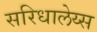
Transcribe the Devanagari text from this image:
सरिधालेय्स